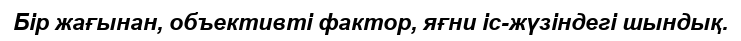
Бір жағынан, объективті фактор, яғни іс-жүзіндегі шындық.